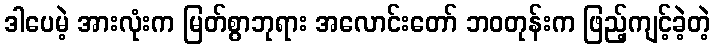
ဒါပေမဲ့ အားလုံးက မြတ်စွာဘုရား အလောင်းတော် ဘဝတုန်းက ဖြည့်ကျင့်ခဲ့တဲ့